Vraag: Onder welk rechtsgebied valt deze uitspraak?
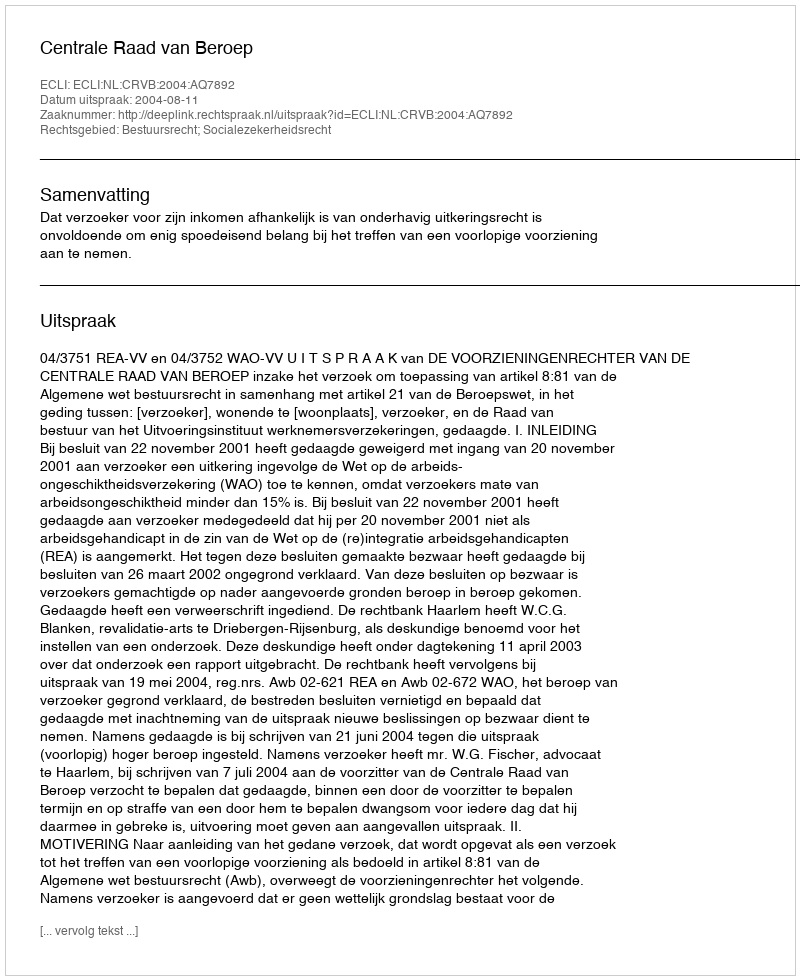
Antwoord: Bestuursrecht; Socialezekerheidsrecht